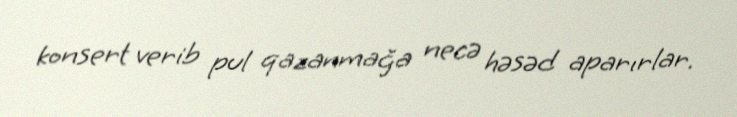
konsert verib pul qazanmağa necə həsəd aparırlar.